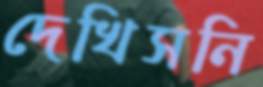
দেখিসনি